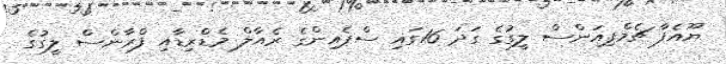
ޔޫއެފާ ޗެމްޕިއަންސް ލީގުގެ ގަދަ 16ގައި ސްޕެއިންގެ ރެއާލް މެޑްރިޑާއި ފްރާންސް ލީގުގެ